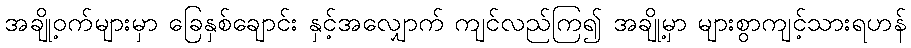
အချို့ဝက်များမှာ ခြေနှစ်ချောင်း နှင့်အလျှောက် ကျင်လည်ကြ၍ အချို့မှာ များစွာကျင့်သားရဟန်